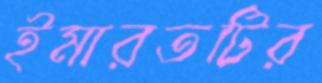
ইমারতটির